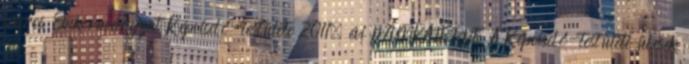
Város Önkormányzat Képviselő-testülete 2011. évi MUNKATERVE A Képviselő-testületi ülések